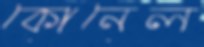
কোনেল